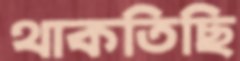
থাকতিছি